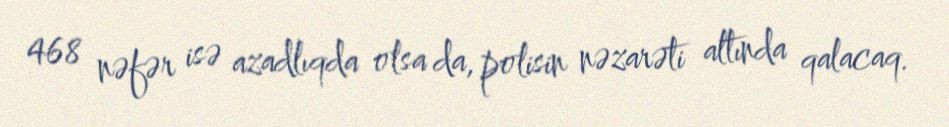
468 nəfər isə azadlıqda olsa da, polisin nəzarəti altında qalacaq.